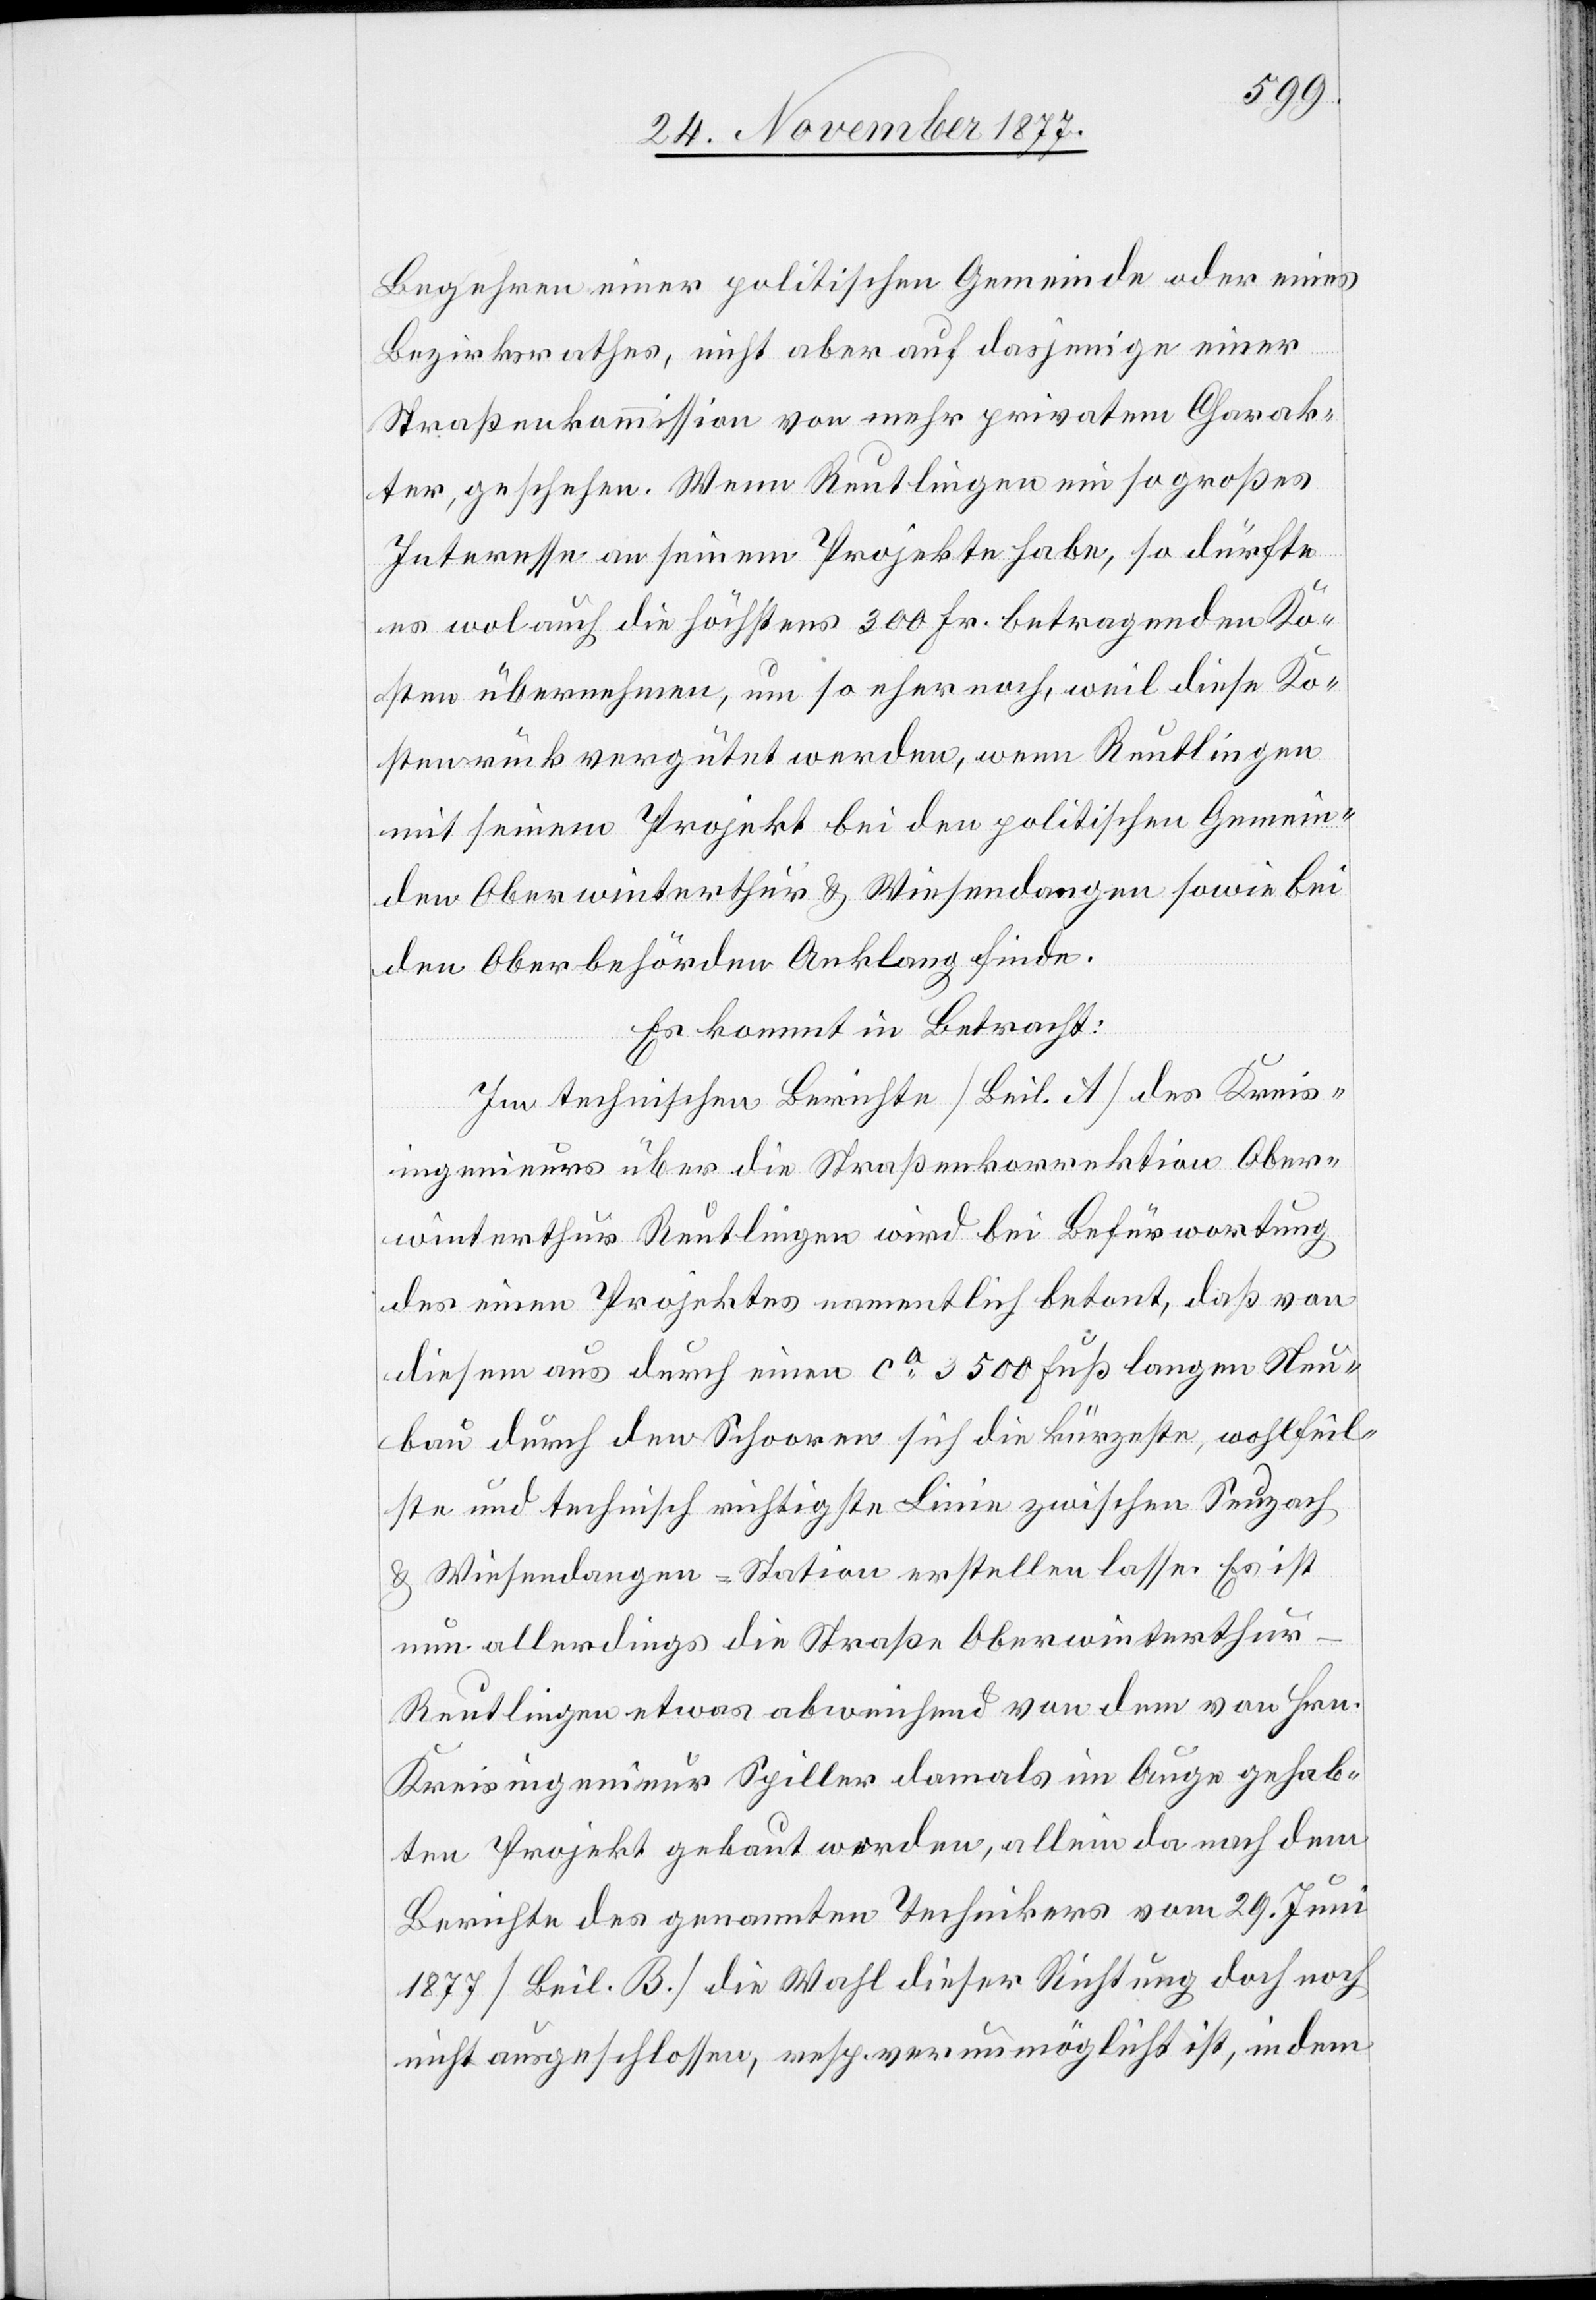
Begehren einer politischen Gemeinde oder eines
Bezirksrathes, nicht aber auf dasjenige einer
Straßenkommission von mehr privatem Charak¬
ter, geschehen. Wenn Reutlingen ein so großes
Interesse an seinem Projekte habe, so dürfte
es wol auch die höchstens 300 Fr. betragenden Ko¬
sten übernehmen, um so eher noch ,weil diese Ko¬
sten rückvergütet werden, wenn Reutlingen
mit seinem Projekt bei den politischen Gemein¬
den Oberwinterthur & Wiesendangen sowie bei
den Oberbehörden Anklang finde.
Es kommt in Betracht:
Im technischen Berichte [Beil. A] des Kreis¬
ingenieurs über die Straßenkorrektion Ober¬
winterthur[–]Reutlingen wird bei Befürwortung
des einen Projektes namentlich betont, daß von
diesem aus durch einen ca 3500 Fuß langen Neu¬
bau durch den Schooren sich die kürzeste, wohlfeil¬
ste und technisch richtigste Linie zwischen Seuzach
& Wiesendangen-Station erstellen lasse. Es ist
nun allerdings die Straße Oberwinterthur–R¬
eutlingen etwas abweichend von dem von Hrn.
Kreisingenieur Spiller damals im Auge gehab¬
ten Projekt gebaut worden, allein da nach dem
Berichte des genannten Technikers vom 29. Juni
1877 [Beil. B.] die Wahl dieser Richtung doch noch
nicht ausgeschlossen, resp. verunmöglicht ist, indem